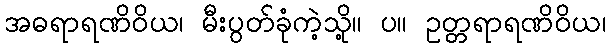
အဓရာရဏိဝိယ၊ မီးပွတ်ခုံကဲ့သို့။ ပ။ ဥတ္တရာရဏိဝိယ၊